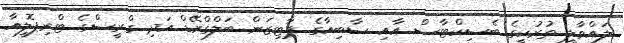
ލައްވާލީ ތުރުކީގެ ބެސިކްޓާސް އާއި ސާބިއާގެ ޕާޓިޒަން ބަލްގްރޭޑް އަދި ގްރީސްގެ ޓްރިޕޮލީއާ